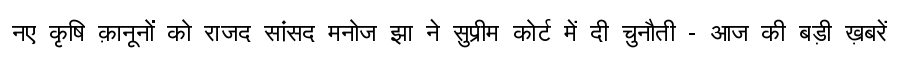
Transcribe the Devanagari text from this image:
नए कृषि क़ानूनों को राजद सांसद मनोज झा ने सुप्रीम कोर्ट में दी चुनौती - आज की बड़ी ख़बरें